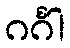
ဂင်္ဂါ